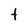
Character: t